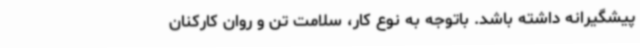
پیشگیرانه داشته باشد. باتوجه به نوع کار، سلامت تن و روان کارکنان